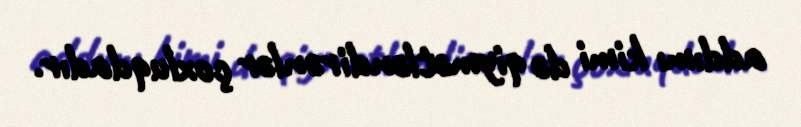
addımı kimi də qiymətləndirənlər çoxluqdadır.